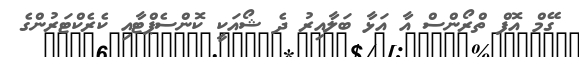
ގޭމް އޮފް ތްރޯންސް އާ އަޅާ ބަލާއިރު ދެ ޝޯއަކީ ކޮންސެޕްޓާއި ކެރެކްޓަރުންގެ